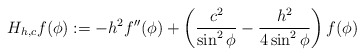
\begin{align*} H_{h,c}f(\phi) := -h^2f''(\phi) + \left(\frac{c^2}{\sin^2\phi} - \frac{h^2}{4\sin^2\phi}\right)f(\phi)\end{align*}